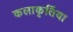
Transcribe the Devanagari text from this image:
कलाकृर्तिया